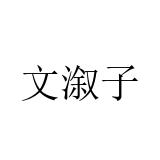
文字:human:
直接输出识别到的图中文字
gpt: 文溆子